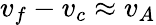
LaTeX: v_{f}-v_{c}\approx v_{A}